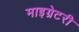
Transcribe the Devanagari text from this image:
माइग्रेटरी